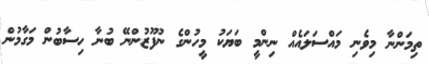
ތިމަންނާ މިވެނި މައްސަލައެއް ނިންމީ ބަޔަކު މީހުންގެ ނުފޫޒުންނޭ ބުނާ ހިސާބުން މަގާމުން